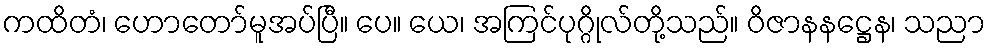
ကထိတံ၊ ဟောတော်မူအပ်ပြီ။ ပေ။ ယေ၊ အကြင်ပုဂ္ဂိုလ်တို့သည်။ ဝိဇာနနဋ္ဌေန၊ သညာ